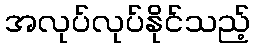
အလုပ်လုပ်နိုင်သည့်